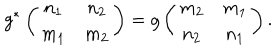
g ^ { * } \left( \begin{array} { c c } { { n _ { 1 } } } & { { n _ { 2 } } } \\ { { m _ { 1 } } } & { { m _ { 2 } } } \\ \end{array} \right) = g \left( \begin{array} { c c } { { m _ { 2 } } } & { { m _ { 1 } } } \\ { { n _ { 2 } } } & { { n _ { 1 } } } \\ \end{array} \right) .